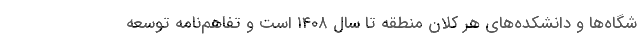
شگاه­ها و دانشکده‌های هر کلان منطقه تا سال ۱۴۰۸ است و تفاهم‌نامه توسعه